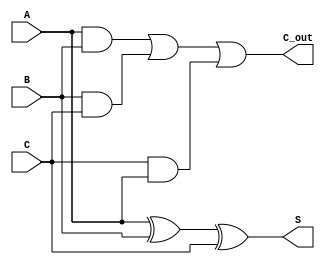
module csa_cell (
    input [N-1:0] A,
    input [N-1:0] B,
    input [N-1:0] C,
    output [N-1:0] S,
    output [N-1:0] C_out
);
    parameter N = 8; // Bit width

    assign S = A ^ B ^ C; // Partial sum
    assign C_out = (A & B) | (B & C) | (C & A); // Carry out
endmodule